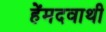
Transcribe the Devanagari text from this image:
हेंमदवाथी